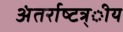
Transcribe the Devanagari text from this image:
अंतर्राष्‍टत्र्ीय